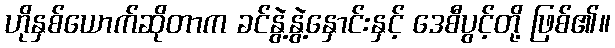
ဟိုနှစ်ယောက်ဆိုတာက ခင်နွဲ့နွဲ့နှောင်းနှင့် ဒေစီပွင့်တို့ ဖြစ်၏။